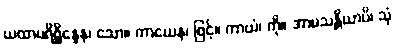
ယထာပရိစ္ဆိန္နေန၊ သော။ ကာယေန၊ ဖြင့်။ ကာယံ၊ ကို။ အာမသန္တိယာပိ၊ သုံ